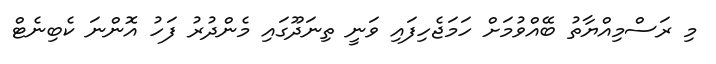
މި ރަސްމިއްޔާތު ބޭއްވުމަށް ހަމަޖެހިފައި ވަނީ ތިނަދޫގައި މެންދުރު ފަހު އޮންނަ ކެބިނެޓް